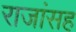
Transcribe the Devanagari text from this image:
राजांसह